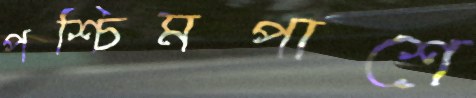
পশ্চিমপাশে